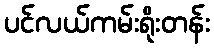
ပင်လယ်ကမ်းရိုးတန်း